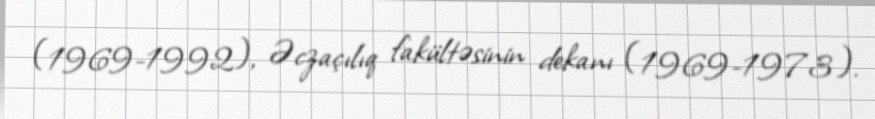
(1969-1992), Əczaçılıq fakültəsinin dekanı (1969-1973).